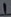
Text: 1